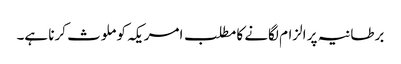
برطانیہ پر الزام لگانے کا مطلب امریکہ کو ملوث کرنا ہے۔